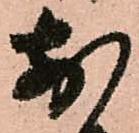
前